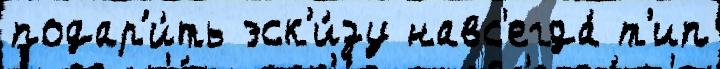
подар'и́ть эск'и́зу навс'егда́ т'ип